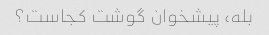
بله، پیشخوان گوشت کجاست؟